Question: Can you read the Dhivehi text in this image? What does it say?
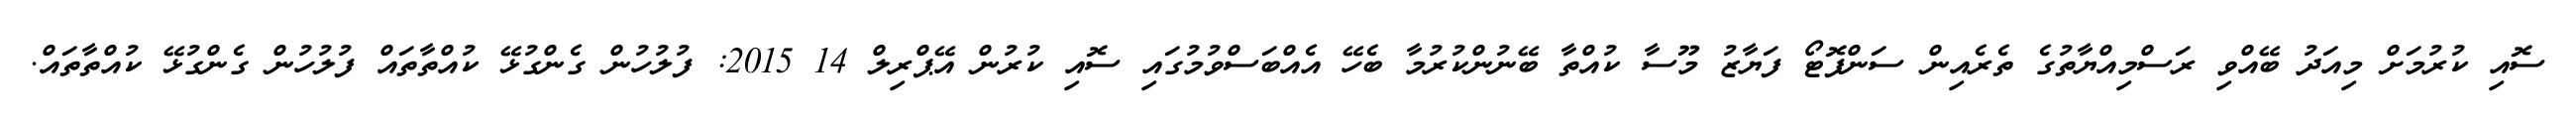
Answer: ސޮއި ކުރުމަށް މިއަދު ބޭއްވި ރަސްމިއްޔާތުގެ ތެރެއިން ސަންފޮޓޯ ފަޔާޒު މޫސާ ކުއްތާ ބޭނުންކުރުމާ ބެހޭ އެއްބަސްވުމުގައި ސޮއި ކުރުން އޭޕްރިލް 14 2015: ފުލުހުން ގެންގުޅޭ ކުއްތާތައް ފުލުހުން ގެންގުޅޭ ކުއްތާތައް.